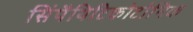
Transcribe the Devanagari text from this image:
सिंपैथिटिकोटोनिक